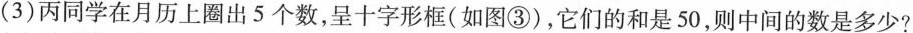
(3)丙同学在月历上圈出5个数，呈十字形框(如图③)，它们的和是50，则中间的数是多少?